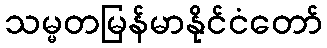
သမ္မတမြန်မာနိုင်ငံတော်